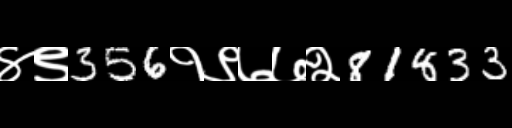
Text: ४९356१९७७२81833